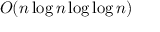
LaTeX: O ( n \log n \log \log n )